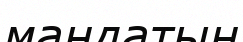
мандатын